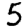
Digit: 5